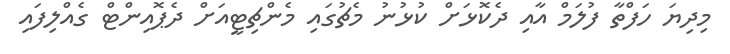
މިދިޔަ ހަފްތާ ފުލަމް އާއި ދެކޮޅަށް ކުޅުނު މެޗުގައި މެންޗިޓީއަށް ދެޕޮއިންޓް ގެއްލިފައި